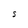
Character: S